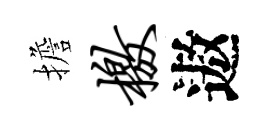
擔檄遨